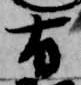
有